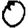
Digit: 0